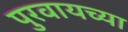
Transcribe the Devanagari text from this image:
पुरवायच्या